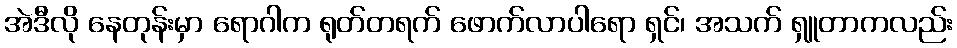
အဲဒီလို နေတုန်းမှာ ရောဂါက ရုတ်တရက် ဖောက်လာပါရော ရှင်၊ အသက် ရှူတာကလည်း